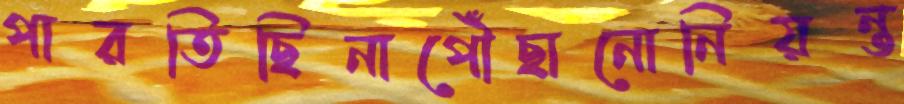
পারতিছিনাপৌঁছানোনিয়ন্ত